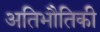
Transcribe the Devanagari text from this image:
अतिभौतिकी